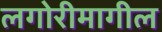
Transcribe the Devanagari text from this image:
लगोरीमागील